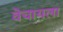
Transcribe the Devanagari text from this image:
वेचायला